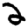
Digit: 2